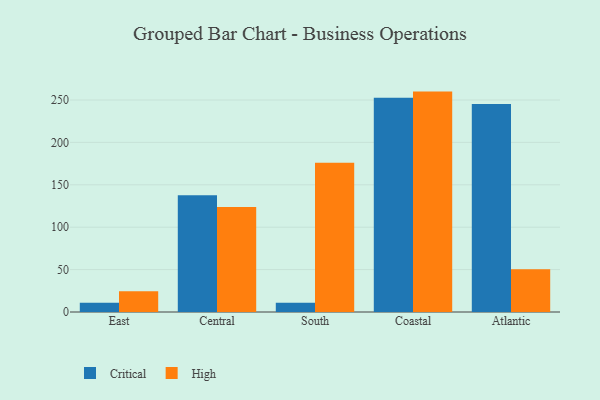
{"axis": {"x": "Region", "y": "Demand Index"}, "legend": ["Critical", "High"], "data": [{"x": "East", "y": 10.8, "type": "Critical"}, {"x": "East", "y": 24.4, "type": "High"}, {"x": "Central", "y": 137.7, "type": "Critical"}, {"x": "Central", "y": 123.8, "type": "High"}, {"x": "South", "y": 11.0, "type": "Critical"}, {"x": "South", "y": 176.0, "type": "High"}, {"x": "Coastal", "y": 252.7, "type": "Critical"}, {"x": "Coastal", "y": 259.9, "type": "High"}, {"x": "Atlantic", "y": 245.4, "type": "Critical"}, {"x": "Atlantic", "y": 50.4, "type": "High"}]}